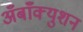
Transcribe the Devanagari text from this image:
अँबाँक्युशन